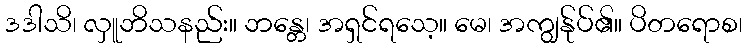
ဒဒါသိ၊ လှူဘိသနည်း။ ဘန္တေ၊ အရှင်ရသေ့။ မေ၊ အကျွန်ုပ်၏။ ပိတရောစ၊